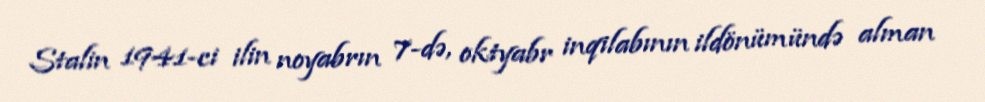
Stalin 1941-ci ilin noyabrın 7-də, oktyabr inqilabının ildönümündə alman